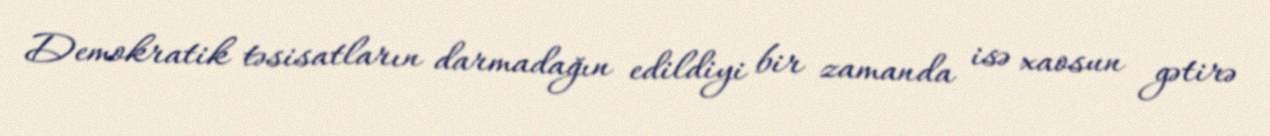
Demokratik təsisatların darmadağın edildiyi bir zamanda isə xaosun gətirə